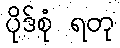
ပိုဒ်စုံ ရတု